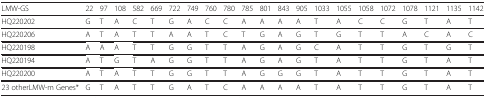
<table><thead><tr><td><b>LMW-GS</b></td><td><b>22</b></td><td><b>97</b></td><td><b>108</b></td><td><b>582</b></td><td><b>669</b></td><td><b>722</b></td><td><b>749</b></td><td><b>760</b></td><td><b>780</b></td><td><b>785</b></td><td><b>801</b></td><td><b>843</b></td><td><b>905</b></td><td><b>1033</b></td><td><b>1055</b></td><td><b>1058</b></td><td><b>1072</b></td><td><b>1078</b></td><td><b>1121</b></td><td><b>1135</b></td><td><b>1142</b></td></tr></thead><tbody><tr><td>HQ220202</td><td>G</td><td>T</td><td>A</td><td>C</td><td>T</td><td>G</td><td>A</td><td>C</td><td>C</td><td>A</td><td>A</td><td>A</td><td>A</td><td>T</td><td>A</td><td>C</td><td>C</td><td>G</td><td>T</td><td>A</td><td>T</td></tr><tr><td>HQ220206</td><td>A</td><td>T</td><td>A</td><td>T</td><td>T</td><td>A</td><td>A</td><td>T</td><td>C</td><td>T</td><td>G</td><td>A</td><td>G</td><td>T</td><td>G</td><td>T</td><td>T</td><td>A</td><td>C</td><td>A</td><td>C</td></tr><tr><td>HQ220198</td><td>A</td><td>A</td><td>A</td><td>T</td><td>T</td><td>G</td><td>G</td><td>T</td><td>T</td><td>A</td><td>G</td><td>A</td><td>G</td><td>C</td><td>A</td><td>T</td><td>T</td><td>G</td><td>T</td><td>G</td><td>T</td></tr><tr><td>HQ220194</td><td>A</td><td>T</td><td>G</td><td>T</td><td>A</td><td>G</td><td>G</td><td>T</td><td>T</td><td>A</td><td>G</td><td>A</td><td>G</td><td>T</td><td>A</td><td>T</td><td>T</td><td>G</td><td>T</td><td>A</td><td>T</td></tr><tr><td>HQ220200</td><td>A</td><td>T</td><td>A</td><td>T</td><td>T</td><td>G</td><td>G</td><td>T</td><td>T</td><td>A</td><td>G</td><td>G</td><td>G</td><td>T</td><td>A</td><td>T</td><td>T</td><td>G</td><td>T</td><td>A</td><td>T</td></tr><tr><td>23 otherLMW-m Genes*</td><td>G</td><td>T</td><td>A</td><td>T</td><td>T</td><td>G</td><td>A</td><td>T</td><td>C</td><td>A</td><td>A</td><td>A</td><td>A</td><td>T</td><td>A</td><td>T</td><td>T</td><td>G</td><td>T</td><td>A</td><td>T</td></tr></tbody></table>